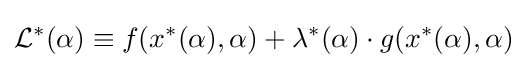
{\mathcal {L}}^{\ast }(\alpha )\equiv f(x^{\ast }(\alpha ),\alpha )+\lambda ^{\ast }(\alpha )\cdot g(x^{\ast }(\alpha ),\alpha )